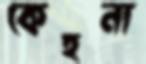
কেহনা